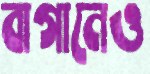
বাগানেও